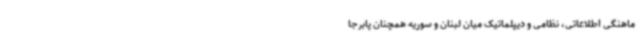
ماهنگی اطلاعاتی، نظامی و دیپلماتیک میان لبنان و سوریه همچنان پابرجا